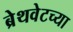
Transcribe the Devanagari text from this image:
ब्रेथवेटच्या